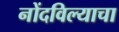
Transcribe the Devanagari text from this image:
नोंदविल्याचा